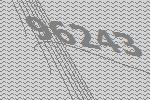
96243